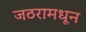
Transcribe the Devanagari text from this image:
जठरामधून